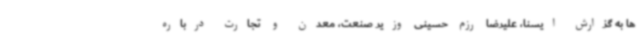
ها به گزارش ایسنا، علیرضا رزم حسینی وزیر صنعت، معدن و تجارت درباره